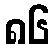
၈၆